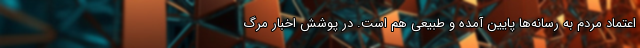
اعتماد مردم به رسانه‌ها پایین آمده و طبیعی هم است. در پوشش اخبار مرگ